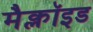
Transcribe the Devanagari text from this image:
मैक्लॉइड